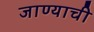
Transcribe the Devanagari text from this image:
जाण्‍याची